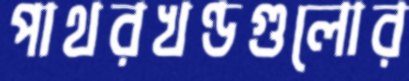
পাথরখণ্ডগুলোর